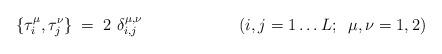
LaTeX: \begin{align*}\{\tau_{i}^{\mu},\tau_{j}^{\nu}\} \;=\;2\ \delta_{i,j}^{\mu,\nu} \;\;\;\;\;\;\;\;\;\;\;\;\;\;\;\;\;\;\;\;\;(i,j=1 \ldots L;\;\;\mu,\nu=1,2)\end{align*}